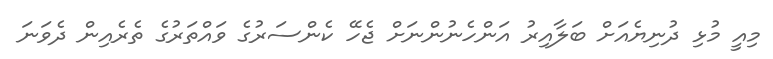
މިއީ މުޅި ދުނިޔެއަށް ބަލާއިރު އަންހެނުންނަށް ޖެހޭ ކެންސަރުގެ ވައްތަރުގެ ތެރެއިން ދެވަނަ